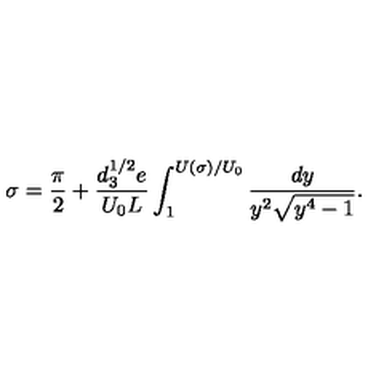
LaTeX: \sigma = { \frac { \pi } { 2 } } + \frac { d _ { 3 } ^ { 1 / 2 } e } { U _ { 0 } L } \int _ { 1 } ^ { U ( \sigma ) / U _ { 0 } } \frac { d y } { y ^ { 2 } \sqrt { y ^ { 4 } - 1 } } .